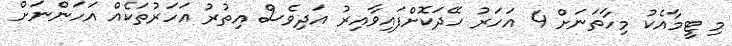
މި ޓީމާއެކު މިހާތަނަށް 4 އަހަރު ހޭދަކޮށްފައިވާއިރު އަދިވެސް އިތުރު އަހަރުތަކެއް އަހަންނަށް